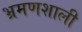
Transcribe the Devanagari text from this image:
भ्रमणशाली